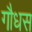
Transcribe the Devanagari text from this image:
गौधस